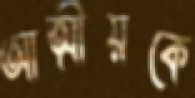
আত্মীয়কে